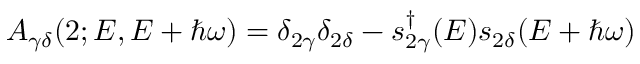
A _ { \gamma \delta } ( 2 ; E , E + \hbar \omega ) = \delta _ { 2 \gamma } \delta _ { 2 \delta } - s _ { 2 \gamma } ^ { \dagger } ( E ) s _ { 2 \delta } ( E + \hbar \omega )